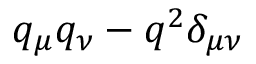
q _ { \mu } q _ { \nu } - q ^ { 2 } \delta _ { \mu \nu }